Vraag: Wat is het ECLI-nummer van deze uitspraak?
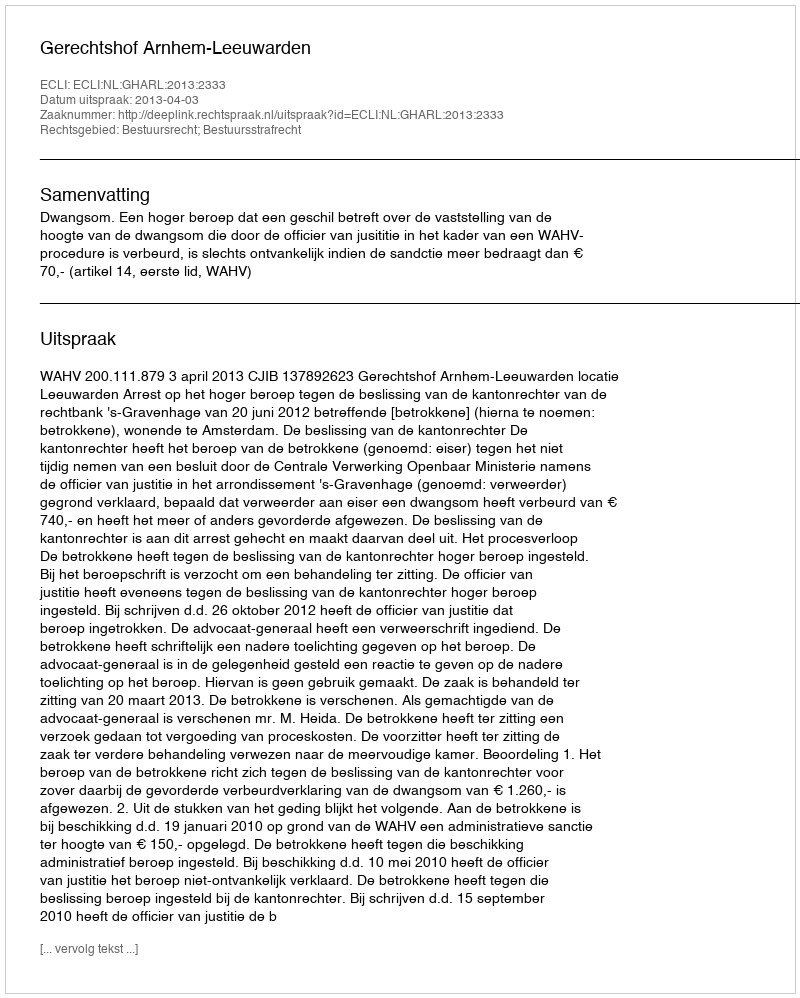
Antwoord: ECLI:NL:GHARL:2013:2333